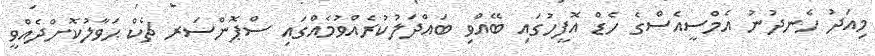
މިއަދު ހެނދުނު އެމްސީއެސްގެ ހެޑް އޮފީހުގައި ބޭއްވި ބައްދަލުކުރެއްވުމެއްގައި ސްޕޮންސަރ ޗެކް ޙަވާލުކޮށްދެއްވީ